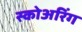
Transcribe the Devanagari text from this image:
स्कोअरिंग